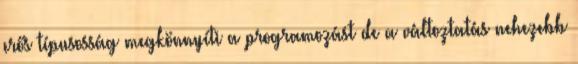
erős típusosság megkönnyíti a programozást de a változtatás nehezebb